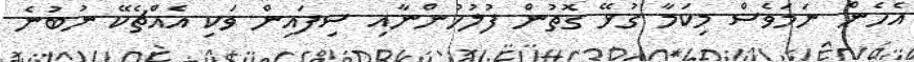
އެހެން ނަމަވެސް މިކަމާ ގުޅޭ ގޮތުން ފުލުހުންނާއި ސިފައިން ވަކި އެއްޗެކޭ ނުބުނެ